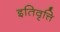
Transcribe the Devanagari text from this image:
इतिवृत्ति